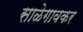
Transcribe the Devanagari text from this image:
साळेगावकर